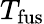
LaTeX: T_{\mathrm{{fus}}}